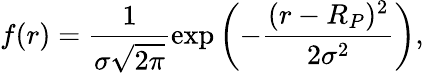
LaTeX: f(r)=\frac{1}{\sigma\sqrt{2\pi}}\exp\left(-\frac{(r-R_{P})^{2}}{2\sigma^{2}}\right),